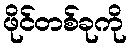
ဖိုင်တစ်ခုကို